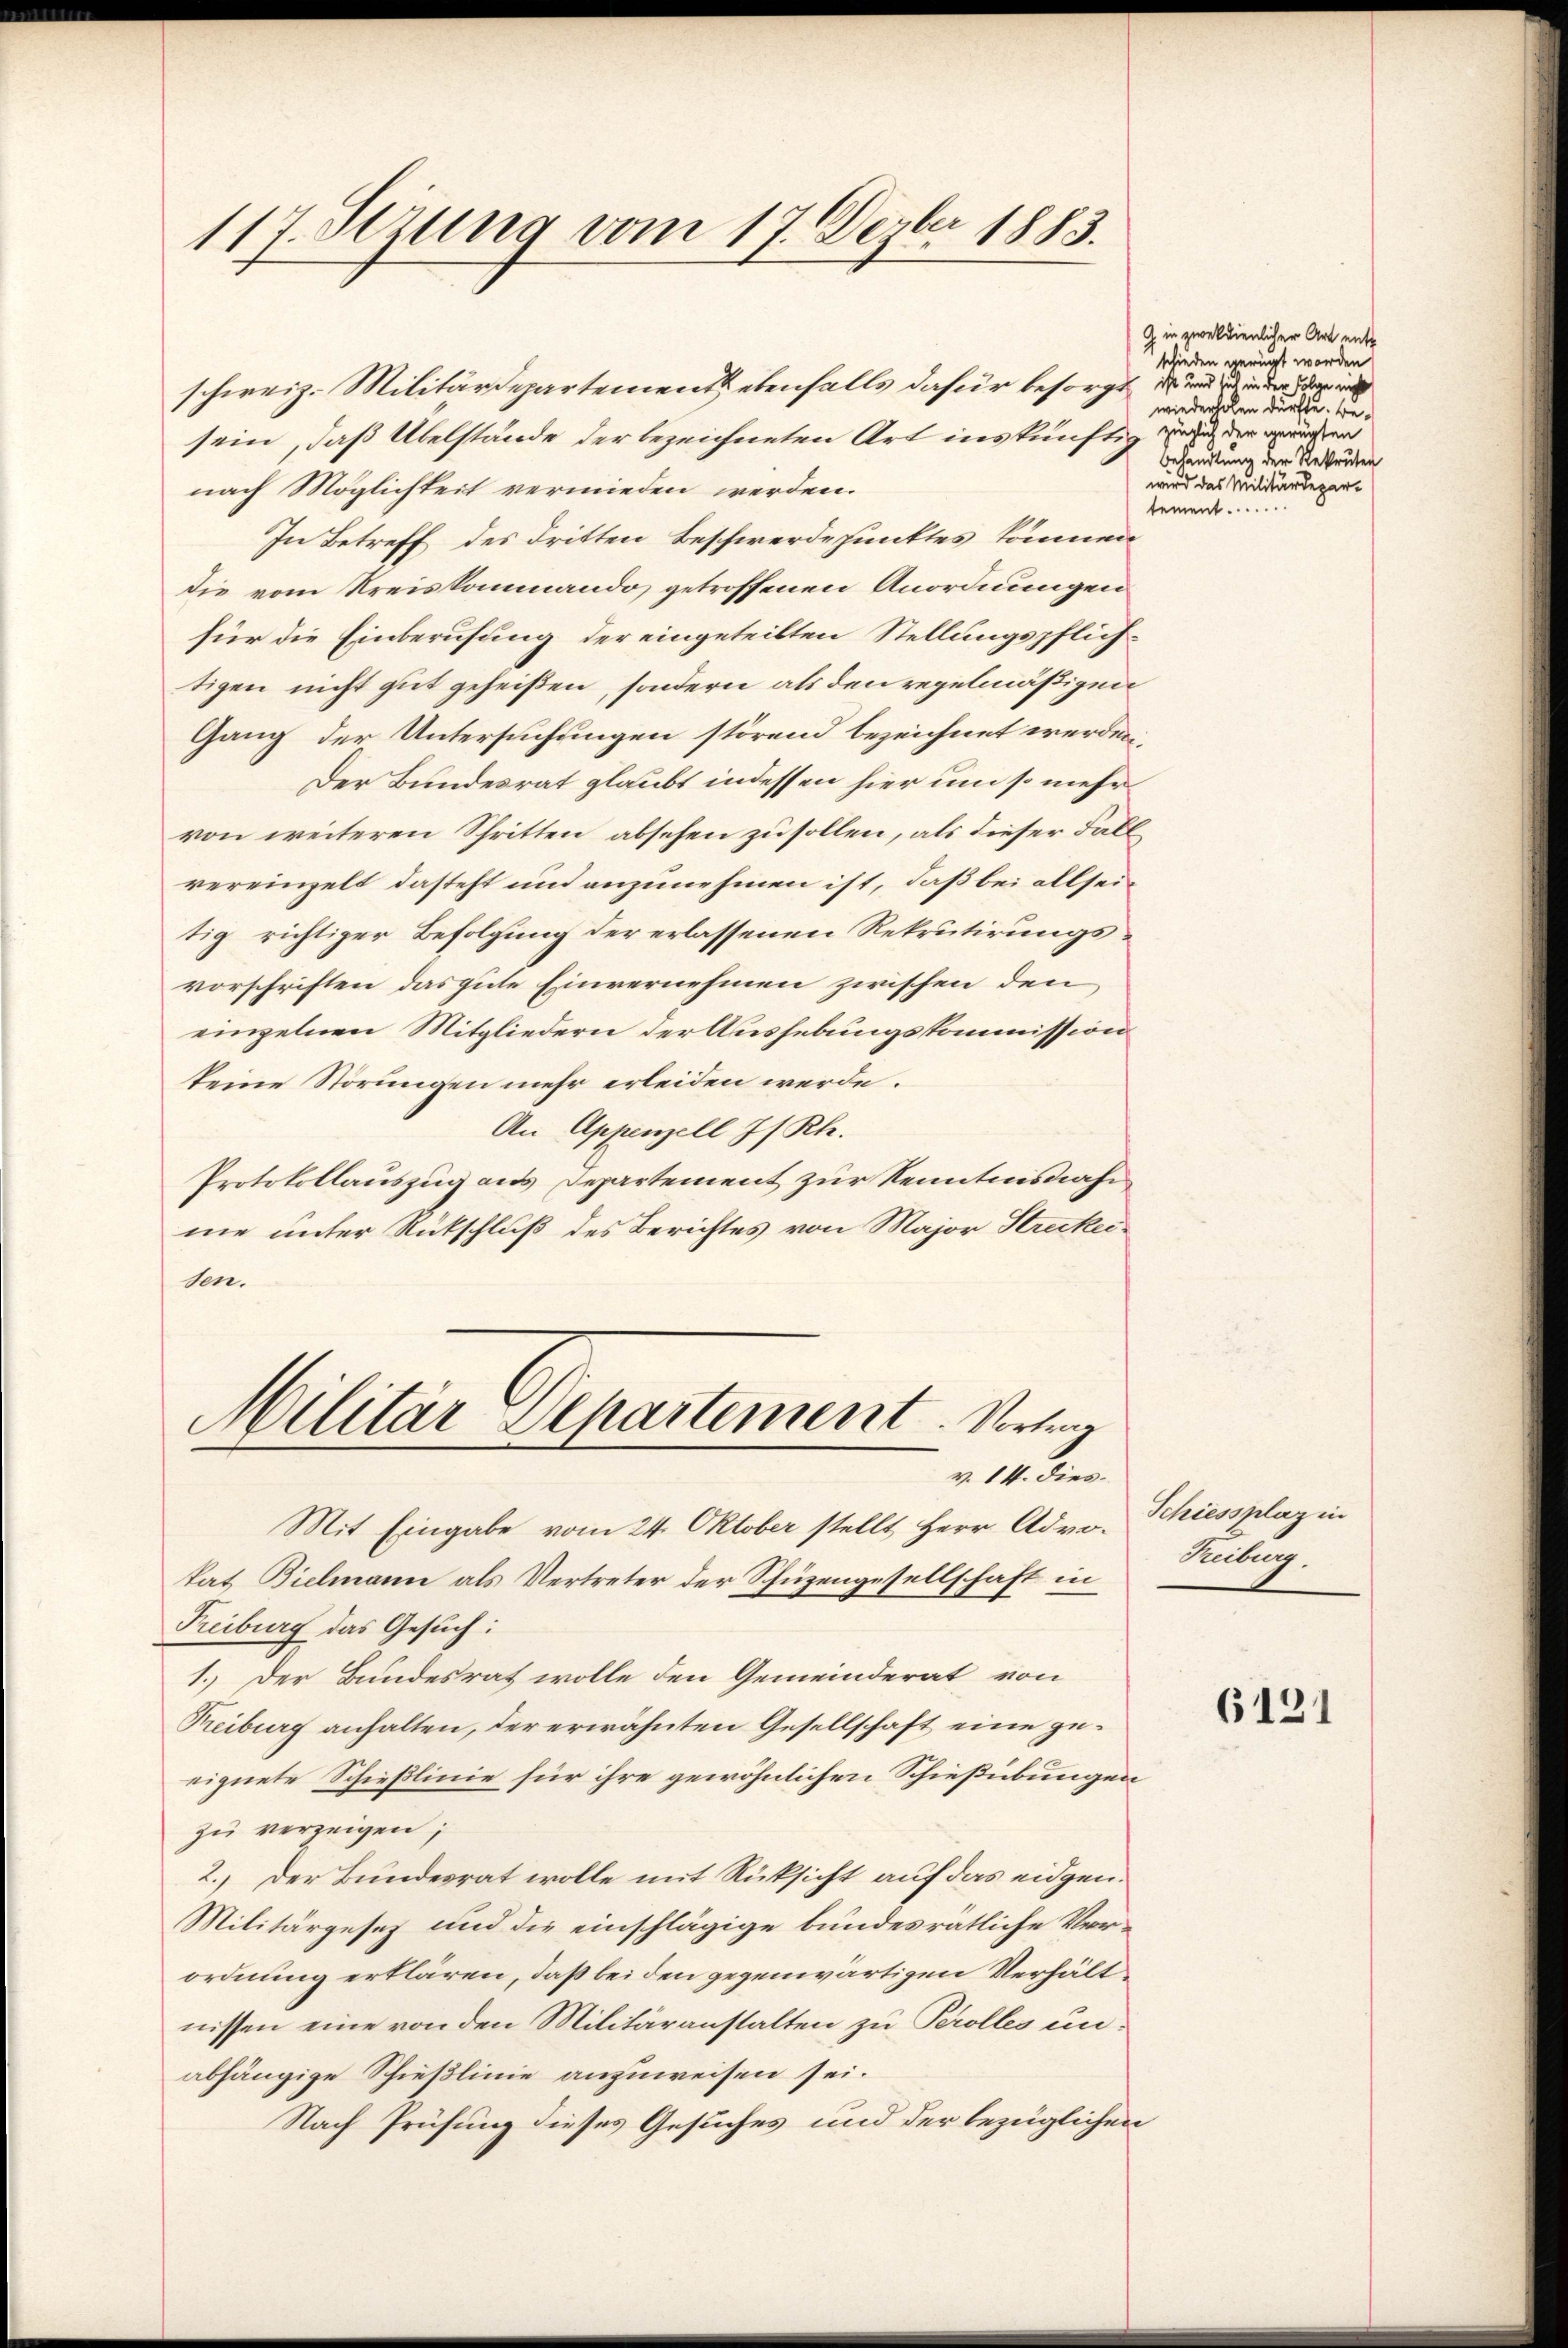
117. Sezung vom 17. Dezbr 1883.

sein, daß Übelstände der bezeichneten Art ins künftig und der wen
nach Möglichkeit vermieden werden.
In Betreff des dritten Beschwerdepunktes können
die vom Kreiskommando getroffenen Anordnungen
für die Einberufung der eingeteilten Stellungspflichtigen nicht gut geheißen, sondern als den regelmäßigen
Gang der Untersuchungen störend bezeichnet werden.
Der Bundesrat glaubt indessen hier um so mehr
von weiteren Schritten absehen zu sollen, als dieser Fallvereinzelt dasteht und anzunehmen ist, daß bei allsein
tig richtiger Befolgung der erlassenen Rekrutirungsvorschriften das gute Einvernehmen zwischen den
einzelnen Mitgliedern der Aushebungskommission
keine Störungen mehr erleiden werde.
An Appenzell I/Rh.
Protokollauszug aus Departement zur Kenntnisnahe
me unter Rütschluß des Berichtes von Major Streckeiton.

schweiz. Militärdepartement ebenfalls dafür besorgt, u. und in der ein

Militär Departement. Vortrag
v. II. Dies

Mit Eingabe vom 24. Oktober stellt Herr Advokat Bielmann als Vertreter der Schüzengesellschaft in
Freiburg das Gesuch:
1. Der Bundesrat wolle den Gemeinderat von
Treiburg anhalten, der erwähnten Gesellschaft eine geeignete Schießlinie für ihre gewöhnlichen Schießübungen
zu verzeigen;
2.) Der Bundesrat wolle mit Rücksicht auf das eidgen.
Militärgesez und die einschlägige bundesrätliche Verordnung erklären, daß bei den gegenwärtigen Verhältnissen eine von den Militäranstalten zu Perolles unabhängige Schießlinie anzuweisen sei.
Nach Prüfung dieses Gesuches und der bezüglichen

G. in zweckdienlicher Art entschieden gerügt worden
wiederholen dürfte. Be¬
Behandlung der Rekruten
wird das Militärdepar-
tement .........

Schiessplaz in
Treiburg.

6121